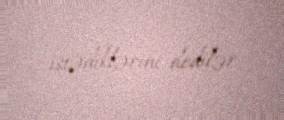
istədiklərini dedilər.